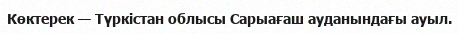
Көктерек — Түркістан облысы Сарыағаш ауданындағы ауыл.